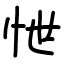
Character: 怈